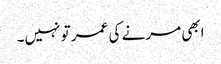
ابھی مرنے کی عمر تو نہیں۔